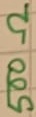
Text: 500Ω